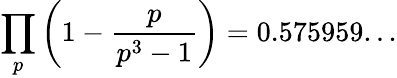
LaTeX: \prod_{p}\left(1-{\frac{p}{p^{3}-1}}\right)=0.575959...